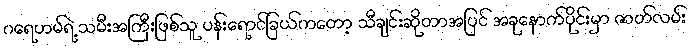
ဂရေဟမ်ရဲ့ သမီးအကြီးဖြစ်သူ ပန်းရောင်ခြယ်ကတော့ သီချင်းဆိုတာအပြင် အခုနောက်ပိုင်းမှာ ဇာတ်လမ်း